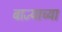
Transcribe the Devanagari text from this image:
बाज्याच्या